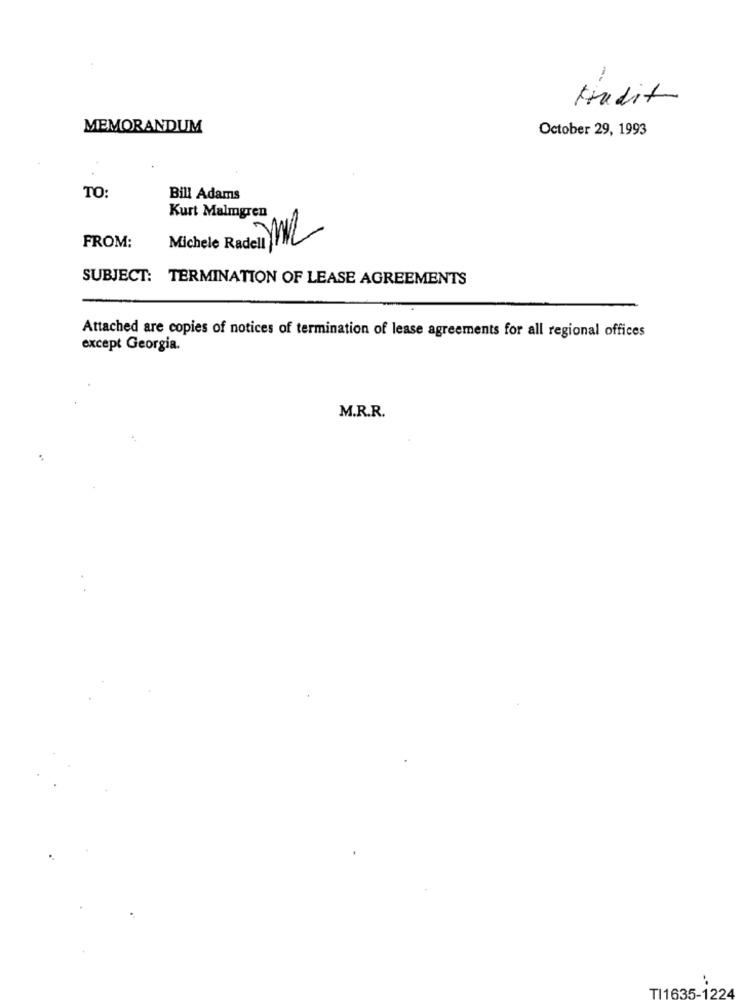
tradit
MEMORANDUM
October 29, 1993
TO:
Bill Adams
Kurt Malmgren
FROM:
Michele Radell
SUBJECT: TERMINATION OF LEASE AGREEMENTS
Attached are copies of notices of termination of lease agreements for all regional offices
except Georgia.
M.R.R.
TI1635-1224